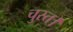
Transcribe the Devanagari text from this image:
चुस्त।